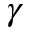
\gamma